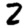
Digit: 2